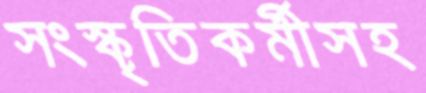
সংস্কৃতিকর্মীসহ